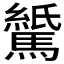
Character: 𫘖